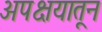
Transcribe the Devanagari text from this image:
अपक्षयातून